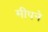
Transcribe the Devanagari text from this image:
मीपने